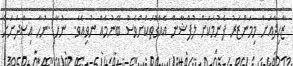
ޒާހިދާއަށް މިމަންޒަރު ފެނުމަކަށް ލުފްޝާން އެއްގޮތަކަށްވެސް ބޭނުމެއް ނުވިއެވެ.  ނުހާ..ނުހާ އިސްދަށަށް